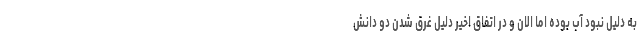
به دلیل نبود آب بوده اما الان و در اتفاق اخیر دلیل غرق شدن دو دانش